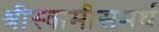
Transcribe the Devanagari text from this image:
श्रीस्वामीसमर्थ